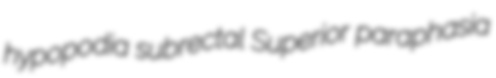
hypopodia subrectal Superior paraphasia